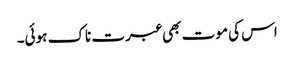
اس کی موت بھی عبرت ناک ہوئی۔